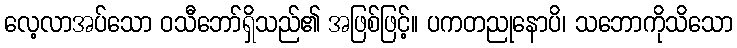
လေ့လာအပ်သော ဝသီဘော်ရှိသည်၏ အဖြစ်ဖြင့်။ ပကတညုနောပိ၊ သဘောကိုသိသော